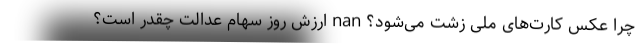
چرا عکس کارت‌های ملی زشت می‌شود؟ nan ارزش روز سهام عدالت چقدر است؟